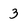
Character: 3